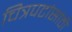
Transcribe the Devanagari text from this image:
चित्रपटांसांठी